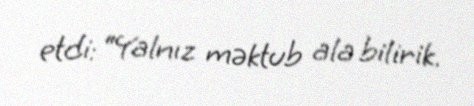
etdi: “Yalnız məktub ala bilirik.